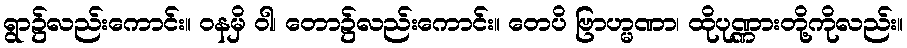
ရွာ၌လည်းကောင်း။ ဝနမှိ ဝါ၊ တော၌လည်းကောင်း။ တေပိ ဗြာဟ္မဏာ၊ ထိုပုဏ္ဏားတို့ကိုလည်း။